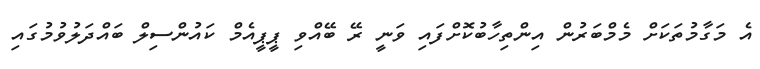
އެ މަގާމުތަކަށް މެމްބަރުން އިންތިހާބުކޮށްފައި ވަނީ ރޭ ބޭއްވި ޕީޕީއެމް ކައުންސިލް ބައްދަލުވުމުގައި